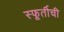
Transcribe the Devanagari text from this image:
स्फूर्तीची